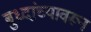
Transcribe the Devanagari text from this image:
बुध्दांच्यावरून